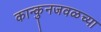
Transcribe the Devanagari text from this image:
कान्कुनजवळच्या